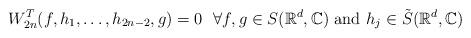
LaTeX: \begin{align*} W_{2n}^T(f,h_1,\ldots,h_{2n-2},g)=0 ~~\forall f,g \in S(\mathbb{R}^d,\mathbb{C}) \mbox{ and }h_j\in \tilde S(\mathbb{R}^d,\mathbb{C})\end{align*}